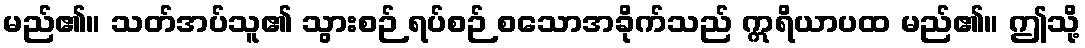
မည်၏။ သတ်အပ်သူ၏ သွားစဉ် ရပ်စဉ် စသောအခိုက်သည် ဣရိယာပထ မည်၏။ ဤသို့